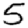
Digit: 5